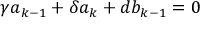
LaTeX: \gamma a _ { k - 1 } + \delta a _ { k } + d b _ { k - 1 } = 0